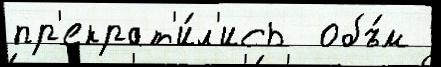
пр'екрат'и́л'ись  объ́м